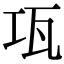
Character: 瓨